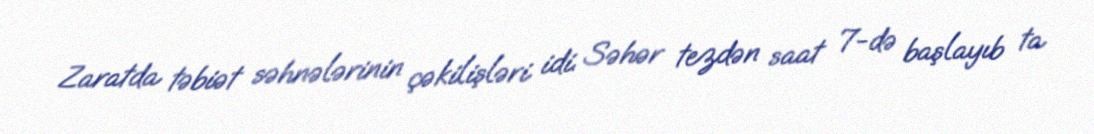
Zaratda təbiət səhnələrinin çəkilişləri idi. Səhər tezdən saat 7-də başlayıb ta